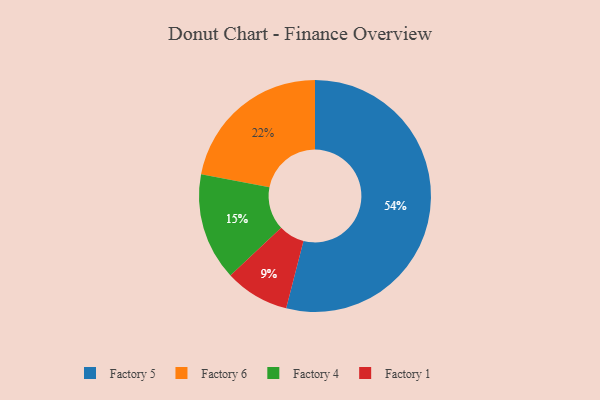
{"axis": {"x": "Category", "y": "Percentage"}, "legend": ["Factory 1", "Factory 4", "Factory 5", "Factory 6"], "data": [{"x": "Factory 6", "y": 22, "type": "Factory 6"}, {"x": "Factory 5", "y": 54, "type": "Factory 5"}, {"x": "Factory 1", "y": 9, "type": "Factory 1"}, {"x": "Factory 4", "y": 15, "type": "Factory 4"}]}